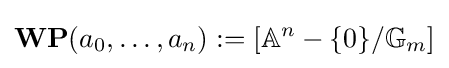
{\textbf {WP}}(a_{0},\ldots ,a_{n}):=[\mathbb {A} ^{n}-\{0\}/\mathbb {G} _{m}]